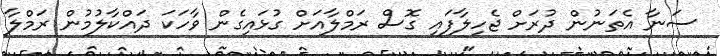
ސަނާ އެތަނުން ދުރަށް ޖެހިލާފައި ގޮސް ރަމްލާއަށް ގުޅައިގެން ވާހަކަ ދައްކާލުމުން ރަމްލާ